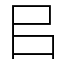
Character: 㠯